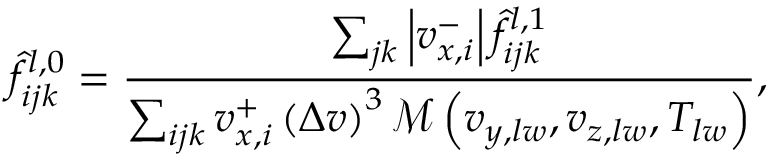
\hat { f } _ { i j k } ^ { l , 0 } = \frac { \sum _ { j k } \left| v _ { x , i } ^ { - } \right| \hat { f } _ { i j k } ^ { l , 1 } } { \sum _ { i j k } v _ { x , i } ^ { + } \left( \Delta v \right) ^ { 3 } \mathcal { M } \left( v _ { y , l w } , v _ { z , l w } , T _ { l w } \right) } ,